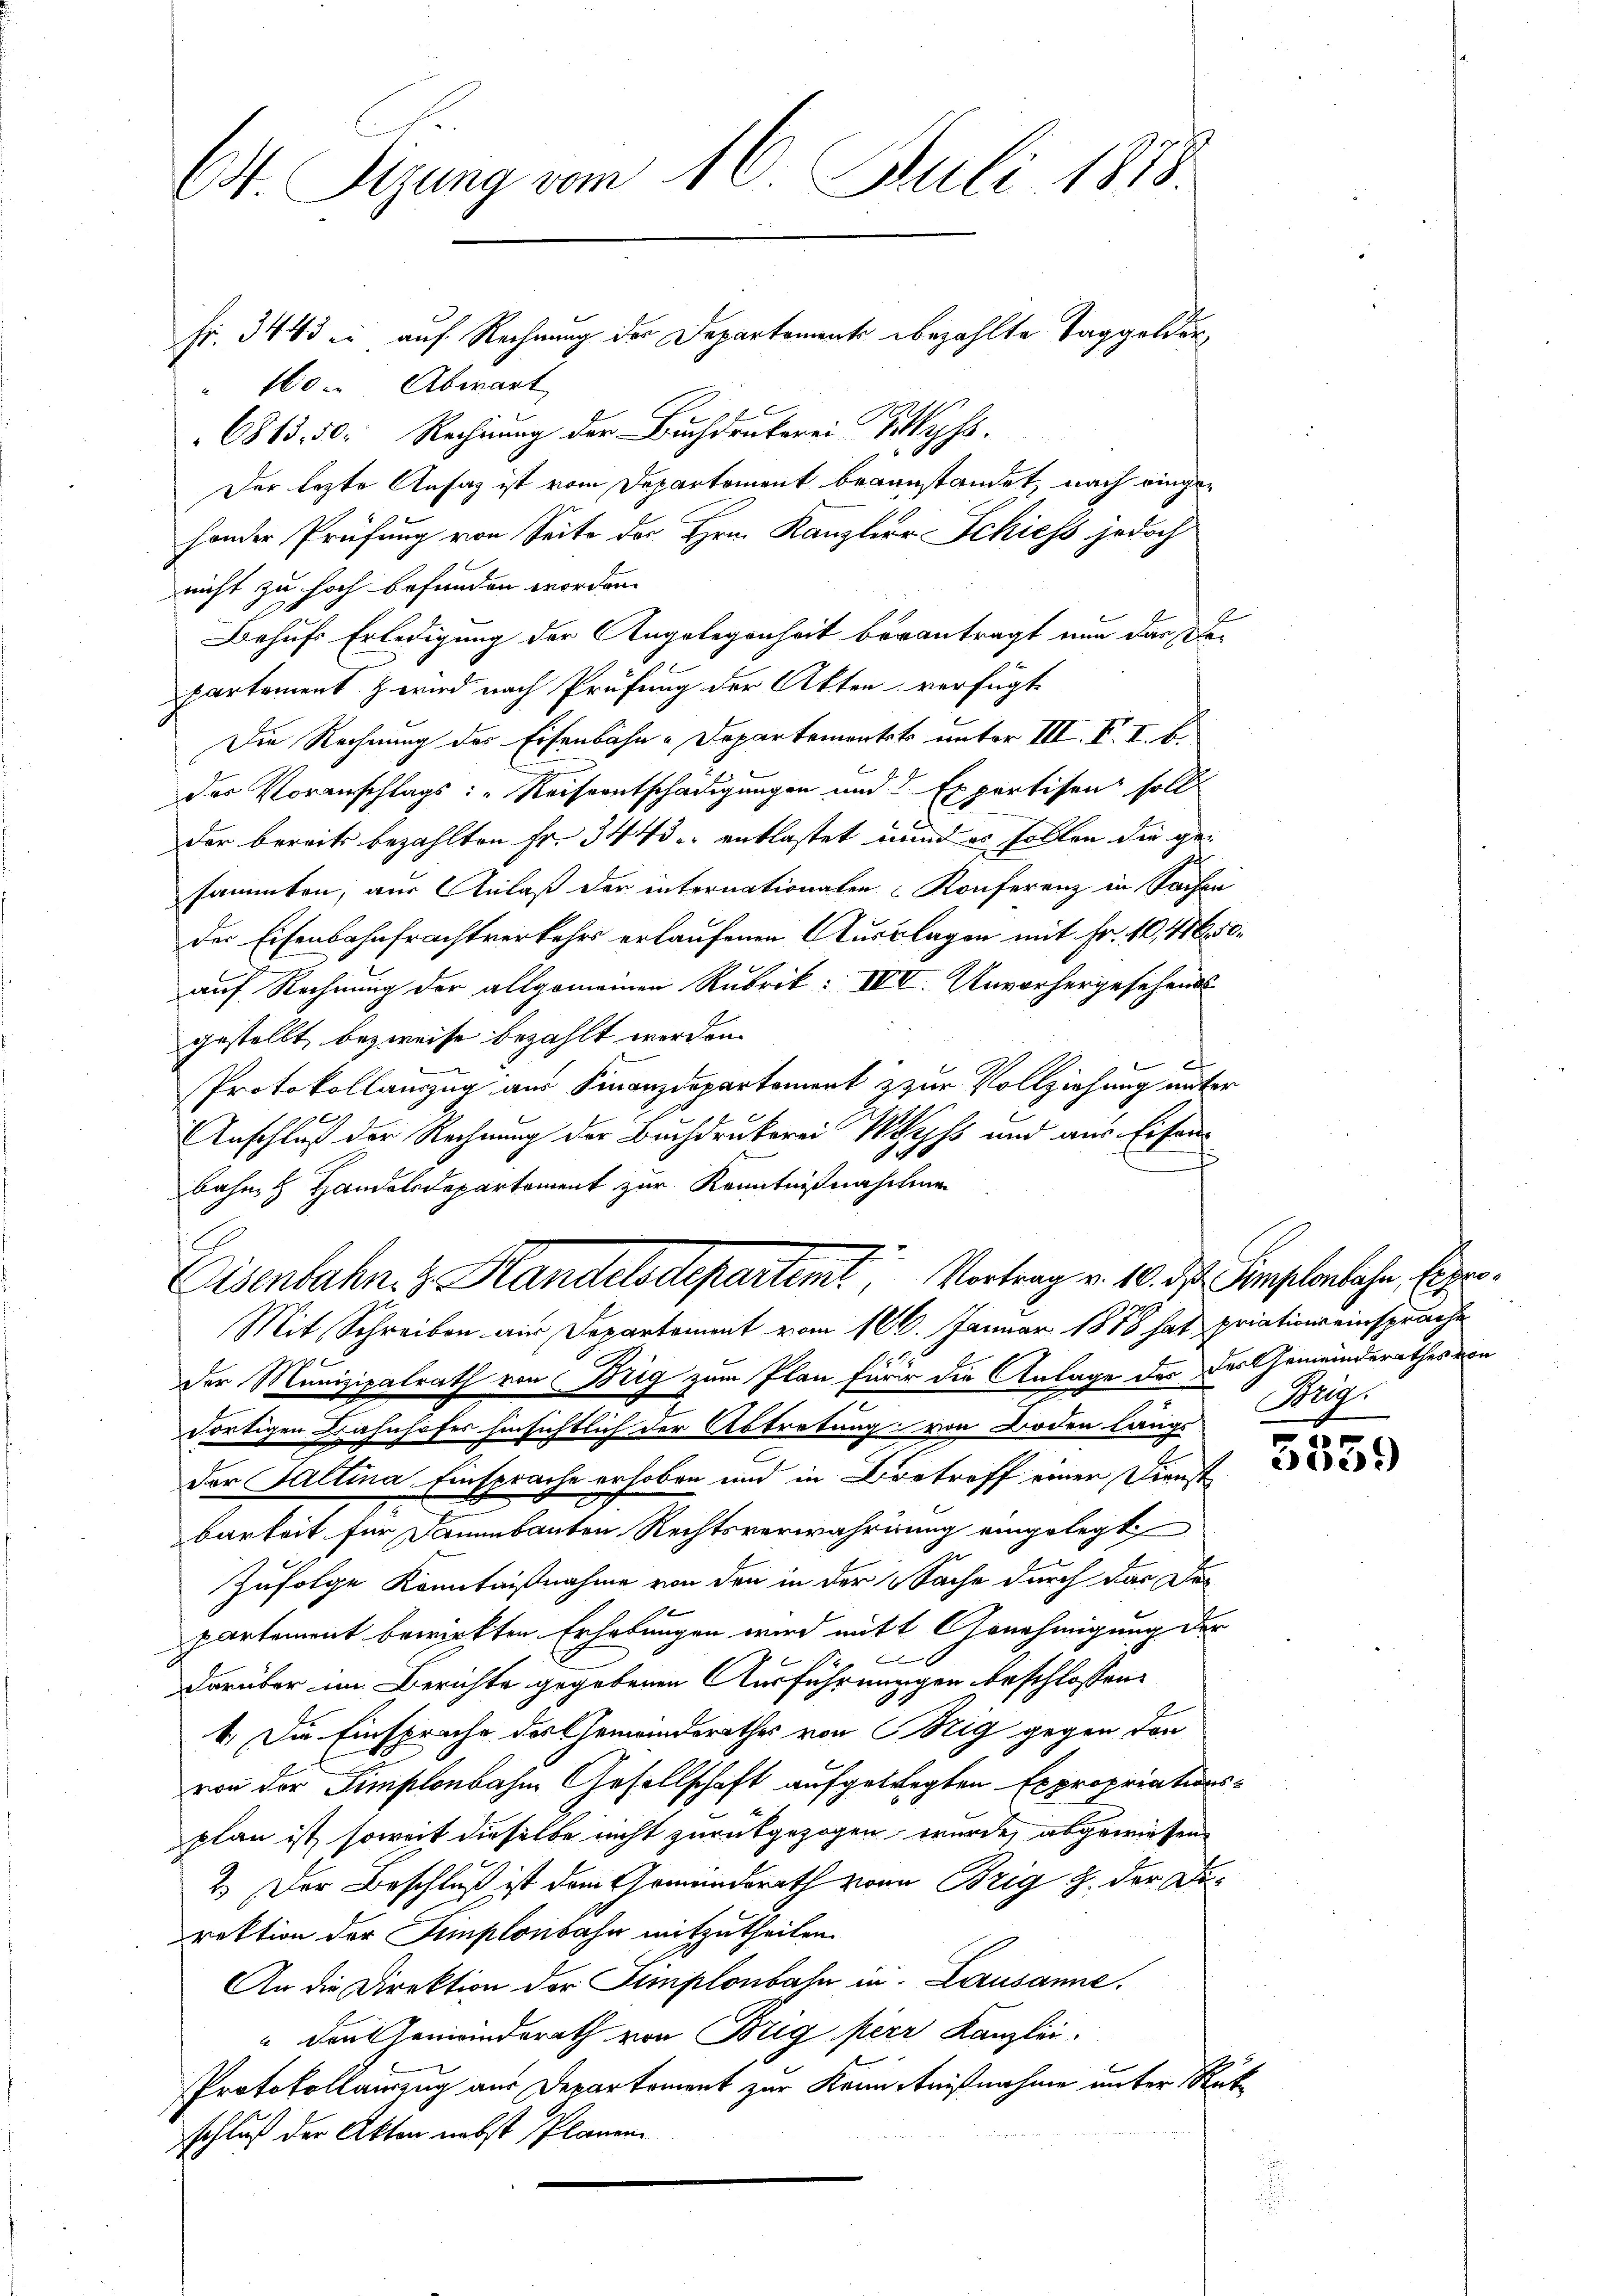
E. Sizung vom 16. Juli 1878.

Fr. 3443 ei auf Rechnung der Departemente bezahlte Taggelder,
" 160 Abwart
6813, 50. Rechnung der Buchdrukerei Sys
Der lezte Ansag ist vom Departement beanstandet, nach eingesonder Prüfung von Seite des Hrn. Kanzlerr Schiess jedoch
nicht zu hoch befunden worden.
Behufs Erledigung der Angelegenheit berantragt nun das Departement. & wird nach Prüfung der Akten verfügt
Die Rechnung des Eisenbahn-Departement unter III. V. I. b.
E
der Voranschlags: „Keiseentschädigungen und Expertisen soll
der bereits bezahlten Fr. 3443 entlastet und es sollen die gesammten, aus Anlaß der internationalen Konferenz in Sachen
der Eisenbahnfrachtverkehrs erlaufenen Ausklagen mit Fr. 10,416. 52.
auf Rechnung der allgemeinen Rubrik: IVI. Unvorhergesehends
gestellt, bezweife bezahlt werden.
s
Protokollauszug aus Finanzdepartement & zur Vollziehung unter
Anschluß der Rechnung der Buchdrukerei Wyss und aus Eisen¬
8
bahn Handelsdepartement zur Kenntnißnahmen
Eisenbahn. 3. Handelsdepartent, Vortrag v. 10. ds. Complenbache Eige
Mit Schreiben aus Departement vom 16. Januar 1878 hat priationseinsprache
Der Munizipalrath von Brig zum Plan fürir die Anlage des Das Gemeinderathes von
dortigen Bahnhofes hinsichtlich der Abtretung von Boden längs
der Saltina. Einsprache erhoben und in Betroff einen Dienstbarkeit für Dammbauten Rechtsverwahrung eingelegt
Zufolge Kenntnißnahme von den in der  Sache durch das Departement bewirkten Erhebungen wird mit Annehmigung der
C
darüber im Berichte gegebenen Ausführunggen beschlossen:
4. Die Einsprache des Gemeinderathes von Nig gegen den
von der Simplonbahn Gesellschaft aufgetragten Expropriationsplan ist, soweit dieselbe nicht zurückgezogen wurde, abgewiesen
2.) Der Beschluß ist dem Gemeindsrath von Brig u. der Direktion der Simplonbahn mitzutheilen.
An die Direktion der Simplonbahn in Lausanne.
" Den Gemeinderath von Brig perr Kanzlei.
Protokollauszug aus Departement zur Kenntnißnahme unter Reschluß der Akten nebst Planen

Mag.

5559